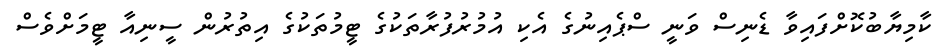
ކާމިޔާބުކޮށްފައިވާ ޑެނިސް ވަނީ ސްޕެއިނުގެ އެކި އުމުރުފުރާތަކުގެ ޓީމުތަކުގެ އިތުރުން ސީނިއާ ޓީމަށްވެސް